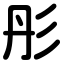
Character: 彤